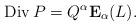
LaTeX: \begin{align*}\operatorname{Div}P=Q^{\alpha}\bold{E}_{\alpha}(L).\end{align*}